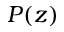
P ( z )